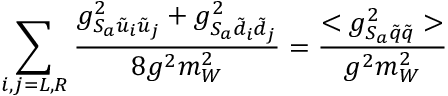
\sum _ { i , j = L , R } \frac { g _ { S _ { a } \tilde { u } _ { i } \tilde { u } _ { j } } ^ { 2 } + g _ { S _ { a } \tilde { d } _ { i } \tilde { d } _ { j } } ^ { 2 } } { 8 g ^ { 2 } m _ { W } ^ { 2 } } = \frac { < g _ { S _ { a } \tilde { q } \tilde { q } } ^ { 2 } > } { g ^ { 2 } m _ { W } ^ { 2 } }